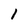
Character: 1